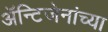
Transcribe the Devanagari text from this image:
अॅन्टिजेनांच्या